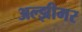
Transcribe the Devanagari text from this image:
अल्झीमर